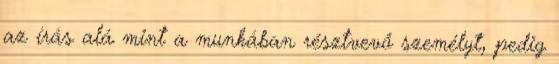
az írás alá mint a munkában résztvevő személyt, pedig